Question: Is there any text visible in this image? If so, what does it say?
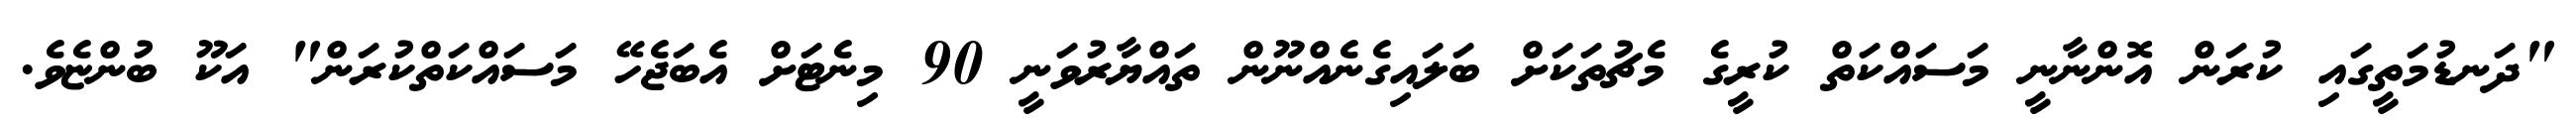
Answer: "ދަނޑުމަތީގައި ކުރަން އޮންނާނީ މަސައްކަތް ކުރީގެ މެޗުތަކަށް ބަލައިގެނެއްނޫން ތައްޔާރުވަނީ 90 މިނެޓަށް އެބަޖެހޭ މަސައްކަތްކުރަން" އަކޫ ބުންޏެވެ.